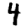
Digit: 4